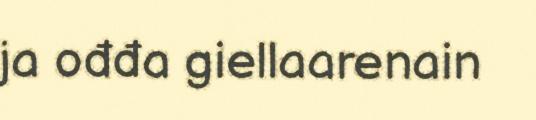
ja ođđa giellaarenain